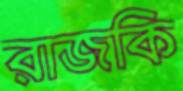
রাজকি